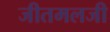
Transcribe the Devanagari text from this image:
जीतमलजी